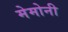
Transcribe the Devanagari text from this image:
मेमोनी